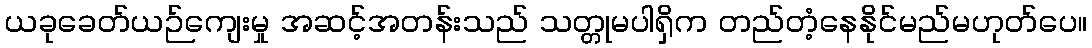
ယခုခေတ်ယဉ်ကျေးမှု အဆင့်အတန်းသည် သတ္တုမပါရှိက တည်တံ့နေနိုင်မည်မဟုတ်ပေ။